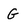
Character: G